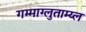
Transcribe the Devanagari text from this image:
गम्माग्लुताम्य्ल